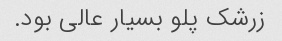
زرشک پلو بسیار عالی بود.